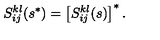
S _ { i j } ^ { k l } ( s ^ { * } ) = \left[ S _ { i j } ^ { k l } ( s ) \right] ^ { * } .